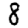
Digit: 8